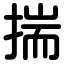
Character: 揣